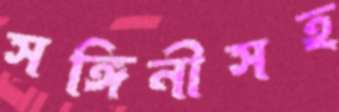
সঙ্গিনীসহ